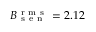
B _ { \mathrm { ~ s ~ e ~ n ~ } } ^ { \mathrm { ~ r ~ m ~ s ~ } } = 2 . 1 2